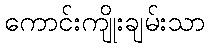
ကောင်းကျိုးချမ်းသာ